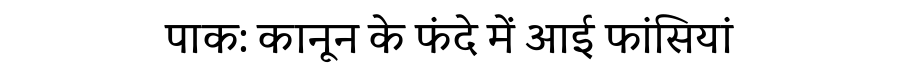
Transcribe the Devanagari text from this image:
पाक: कानून के फंदे में आई फांसियां